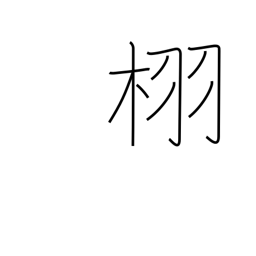
Meaning: type of oak